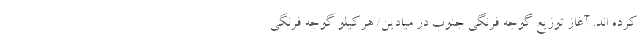
کرده اند. آغاز توزیع گوجه فرنگی جنوب در میادین/ هرکیلو گوجه فرنگی